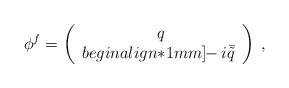
LaTeX: \begin{align*}\phi^f=\left(\begin{array}{cc}~q\\begin{align*}1mm] \!\!-i\bar{\tilde q}\end{array}\right)\;,\end{align*}